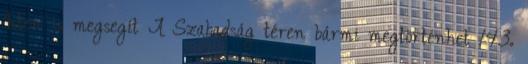
Isten is megsegít A Szabadság téren bármi megtörténhet 143.